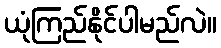
ယုံကြည်နိုင်ပါမည်လဲ။